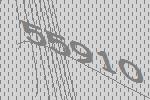
55910